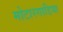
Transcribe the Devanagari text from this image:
मोटारगाडिया